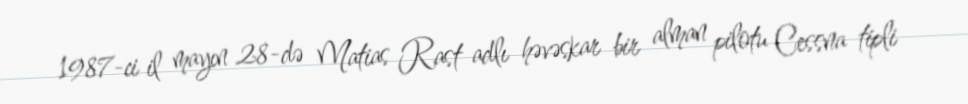
1987-ci il mayın 28-də Matias Rast adlı həvəskar bir alman pilotu Cessna tipli